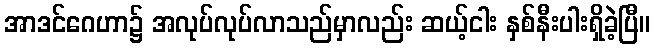
အာဒင်ဂေဟာ၌ အလုပ်လုပ်လာသည်မှာလည်း ဆယ့်ငါး နှစ်နီးပါးရှိခဲ့ပြီ။